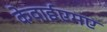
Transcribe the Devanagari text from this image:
केवाईएमए